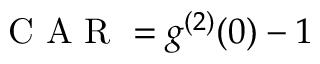
\mathrm { ~ C ~ A ~ R ~ } = g ^ { ( 2 ) } ( 0 ) - 1